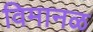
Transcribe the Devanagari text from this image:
विमानळ